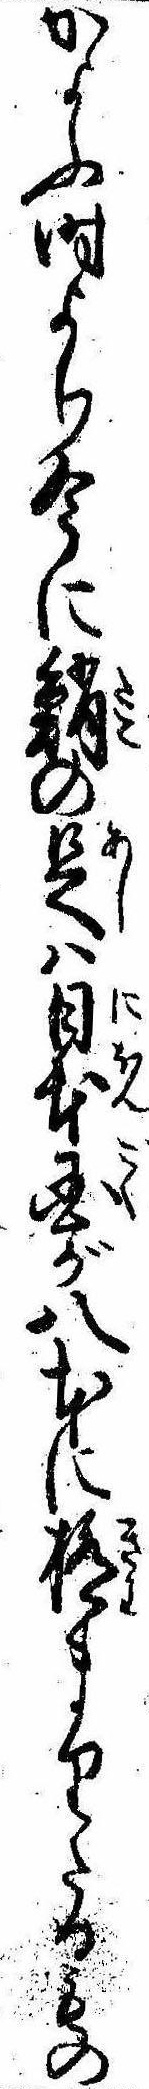
かよふ時より今に鮹の足は日本国が八本に極まりたるもの